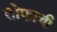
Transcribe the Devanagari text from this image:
तोफाची